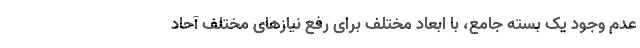
عدم وجود یک بسته جامع، با ابعاد مختلف برای رفع نیازهای مختلف آحاد